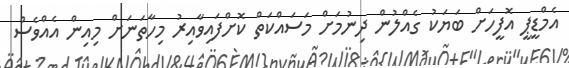
އެމްޑީޕީ އޮފީހަށް ބަޔަކު ގެއްލުން ދިނުމަށް މަސައްކަތް ކޮށްފައިވާއިރު މިހާތަނަށް މިއިން އެއްވެސް